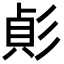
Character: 𢒟